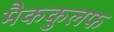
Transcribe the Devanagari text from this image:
मैककुलफ